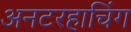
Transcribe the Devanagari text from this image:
अनटरहाचिंग